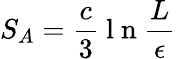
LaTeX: S_{A}=\frac{c}{3}\mathrm{~l~n~}\frac{L}{\epsilon}